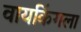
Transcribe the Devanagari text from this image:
वायकिंगला